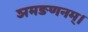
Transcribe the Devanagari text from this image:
ञमङणनम्।